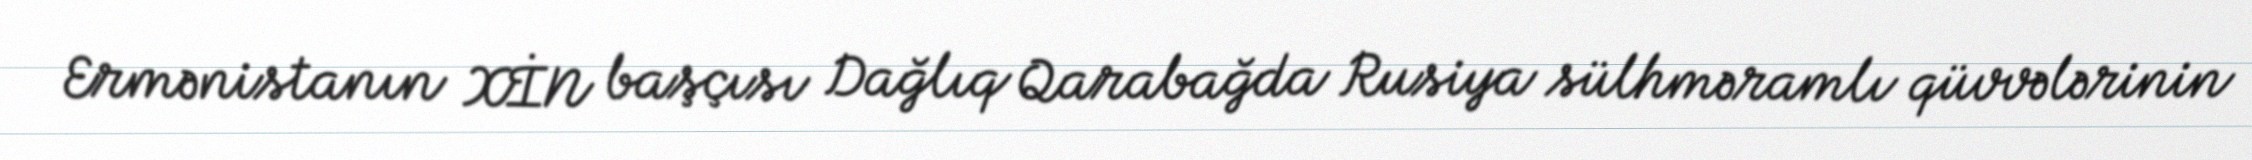
Ermənistanın XİN başçısı Dağlıq Qarabağda Rusiya sülhməramlı qüvvələrinin